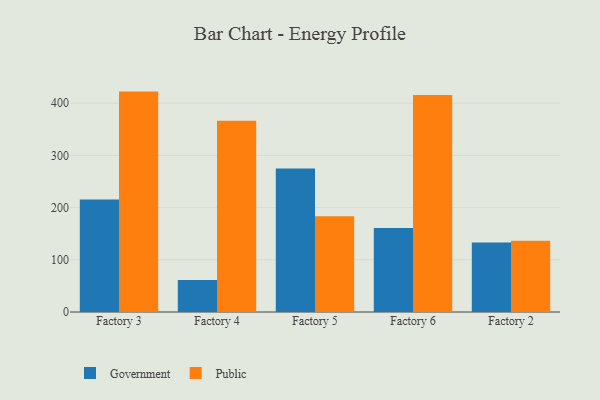
{"axis": {"x": "Factory", "y": "Operating Costs (USD K)"}, "legend": ["Government", "Public"], "data": [{"x": "Factory 3", "y": 215.6, "type": "Government"}, {"x": "Factory 3", "y": 422.3, "type": "Public"}, {"x": "Factory 4", "y": 61.5, "type": "Government"}, {"x": "Factory 4", "y": 366.4, "type": "Public"}, {"x": "Factory 5", "y": 274.8, "type": "Government"}, {"x": "Factory 5", "y": 183.5, "type": "Public"}, {"x": "Factory 6", "y": 160.8, "type": "Government"}, {"x": "Factory 6", "y": 415.6, "type": "Public"}, {"x": "Factory 2", "y": 133.3, "type": "Government"}, {"x": "Factory 2", "y": 136.6, "type": "Public"}]}